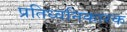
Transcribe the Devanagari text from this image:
प्रतिध्वनिकारक